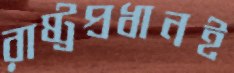
রাষ্ট্রপ্রধানই